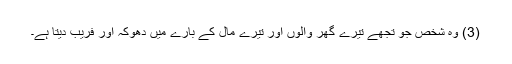
(3) وہ شخص جو تجھے تیرے گھر والوں اور تیرے مال کے بارے میں دھوکہ اور فریب دیتا ہے۔